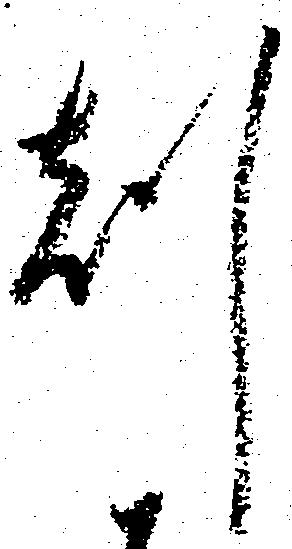
刻